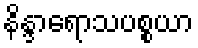
နိန္ဒာရောသပစ္စယာ